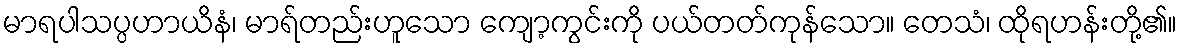
မာရပါသပ္ပဟာယိနံ၊ မာရ်တည်းဟူသော ကျော့ကွင်းကို ပယ်တတ်ကုန်သော။ တေသံ၊ ထိုရဟန်းတို့၏။